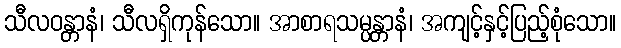
သီလဝန္တာနံ၊ သီလရှိကုန်သော။ အာစာရသမ္ပန္တာနံ၊ အကျင့်နှင့်ပြည့်စုံသော။